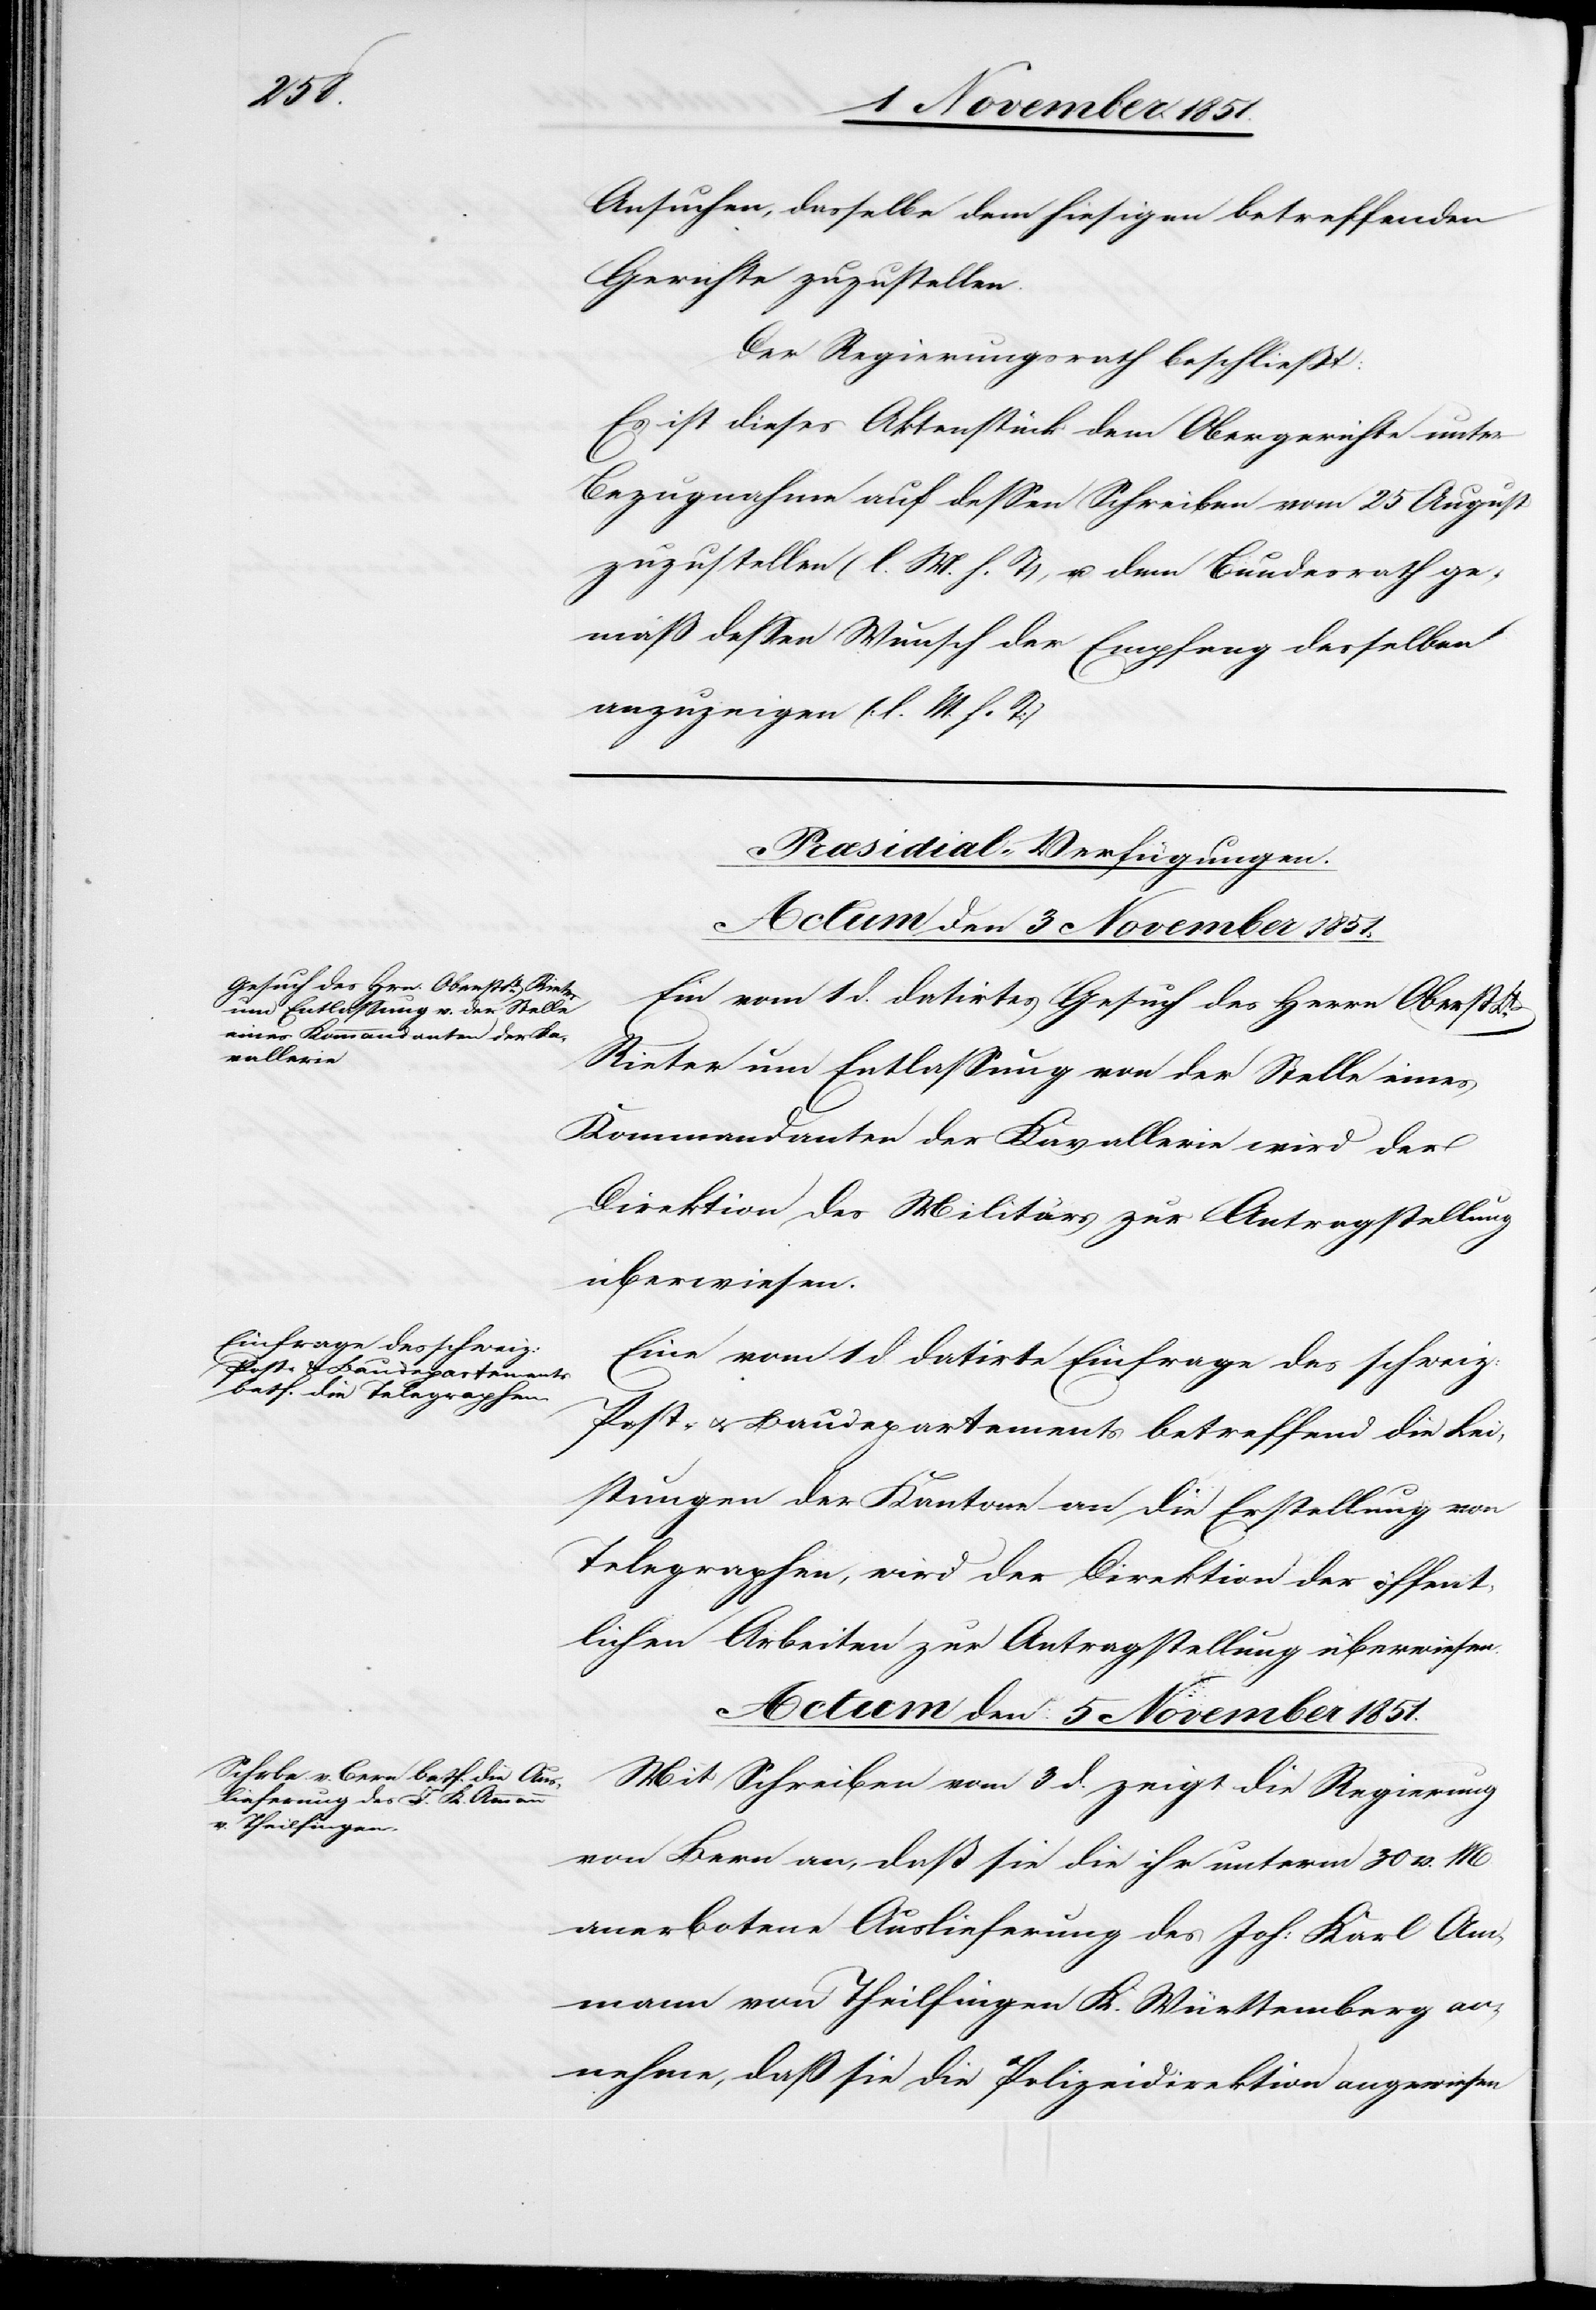
Lt.
Ansuchen, dasselbe dem hiesigen betreffenden
Gerichte zuzustellen.
Der Regierungsrath beschließt:
Es ist dieses Aktenstück dem Obergerichte unter
Bezugnahme auf dessen Schreiben vom 25 August
zuzustellen (l. M. h. T), u. dem Bundesrath ge¬
mäß dessen Wunsch der Empfang desselben
anzuzeigen (l. M. h. T:)
[Præsidial-Verfügungen.]
Actum den 3 November 1851.]
Ein vom 1 d. datirtes Gesuch des Herrn Oberst
Rieter um Entlassung von der Stelle eines
Kommandanten der Kavallerie wird der
Direktion des Militärs zur Antragstellung
überwiesen.
Eine vom 1 d. datirte Einfrage des schweiz:
Post- & Baudepartements betreffend die Lei¬
stungen der Kantone an die Erstellung von
Telegraphen, wird der Direktion der öffent¬
lichen Arbeiten zur Antragstellung überwiesen.
Actum den 5 November 1851.
Mit Schreiben vom 3 d. zeigt die Regierung
von Bern an, daß sie die ihr unterm 30 v. M.
anerbotene Auslieferung des Joh: Karl Am¬
mann von Theilfingen K. Württemberg an¬
nehme, daß sie die Polizeidirektion angewiesen